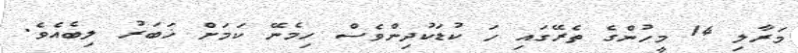
މަރާލި 14 މީހުންގެ ތެރޭގައި ހަ ކުޑަކުދިންވެސް ހިމެނޭ ކަމަށް ޚަބަރު ލިބެއެވެ.